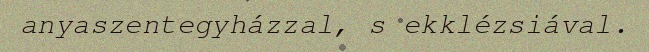
anyaszentegyházzal, s ekklézsiával.